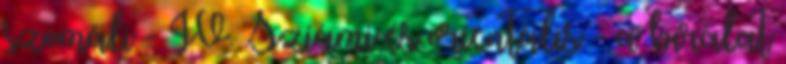
szomáli - IV. Sziámi és orientális - a bírálat